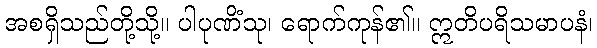
အစရှိသည်တို့သို့။ ပါပုဏိံသု၊ ရောက်ကုန်၏။ ဣတိပရိသမာပနံ၊